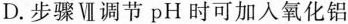
D.步骤Ⅶ调节pH时可加入氧化铝